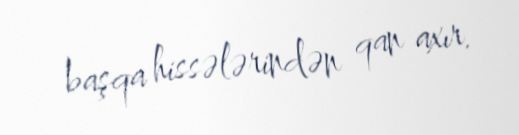
başqa hissələrindən qan axır.